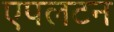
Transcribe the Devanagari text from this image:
एपलटन